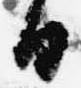
日